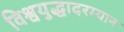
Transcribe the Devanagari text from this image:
विश्वयुद्धादरम्यान